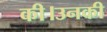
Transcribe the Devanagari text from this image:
की।उनकी